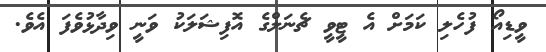
ވީޑިއޯ ފުހެލި ކަމަށް އެ ޓީވީ ޗެނަލްގެ އޮފިޝަލަކު ވަނީ ވިދާޅުވެފަ އެވެ.